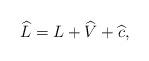
LaTeX: \begin{align*}\widehat L=L+\widehat V+\widehat c,\end{align*}